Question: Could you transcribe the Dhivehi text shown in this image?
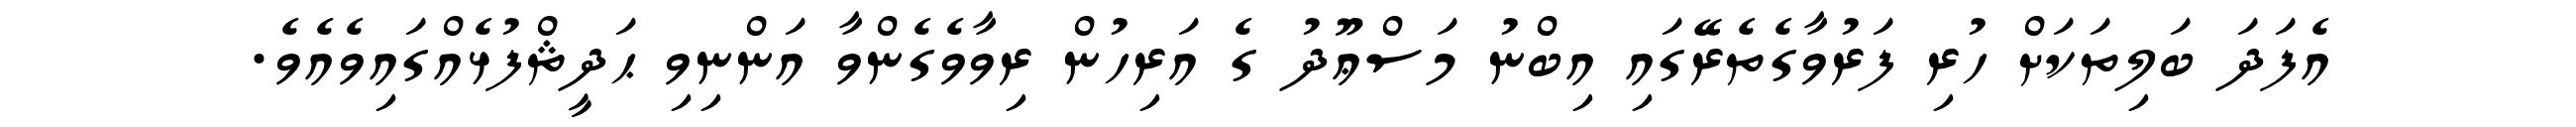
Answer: އެފަދަ ބަލިތަކަށް ހުރި ފަރުވާގެތެރޭގައި އިބްނު މަސްޢޫދު ގެ އަރިހުން ރިވާވެގެންވާ އަންނިވި ޙަދީޘްފުޅެއްގައިވެއެވެ.